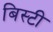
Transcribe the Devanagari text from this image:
बिस्टी